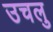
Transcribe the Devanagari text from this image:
उचलु